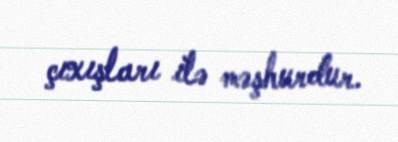
çıxışları ilə məşhurdur.